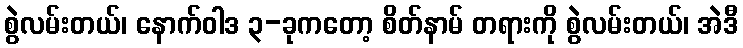
စွဲလမ်းတယ်၊ နောက်ဝါဒ ၃-ခုကတော့ စိတ်နာမ် တရားကို စွဲလမ်းတယ်၊ အဲဒီ